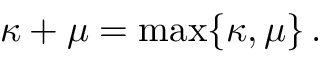
\kappa + \mu = \operatorname* { m a x } \{ \kappa , \mu \} \, .